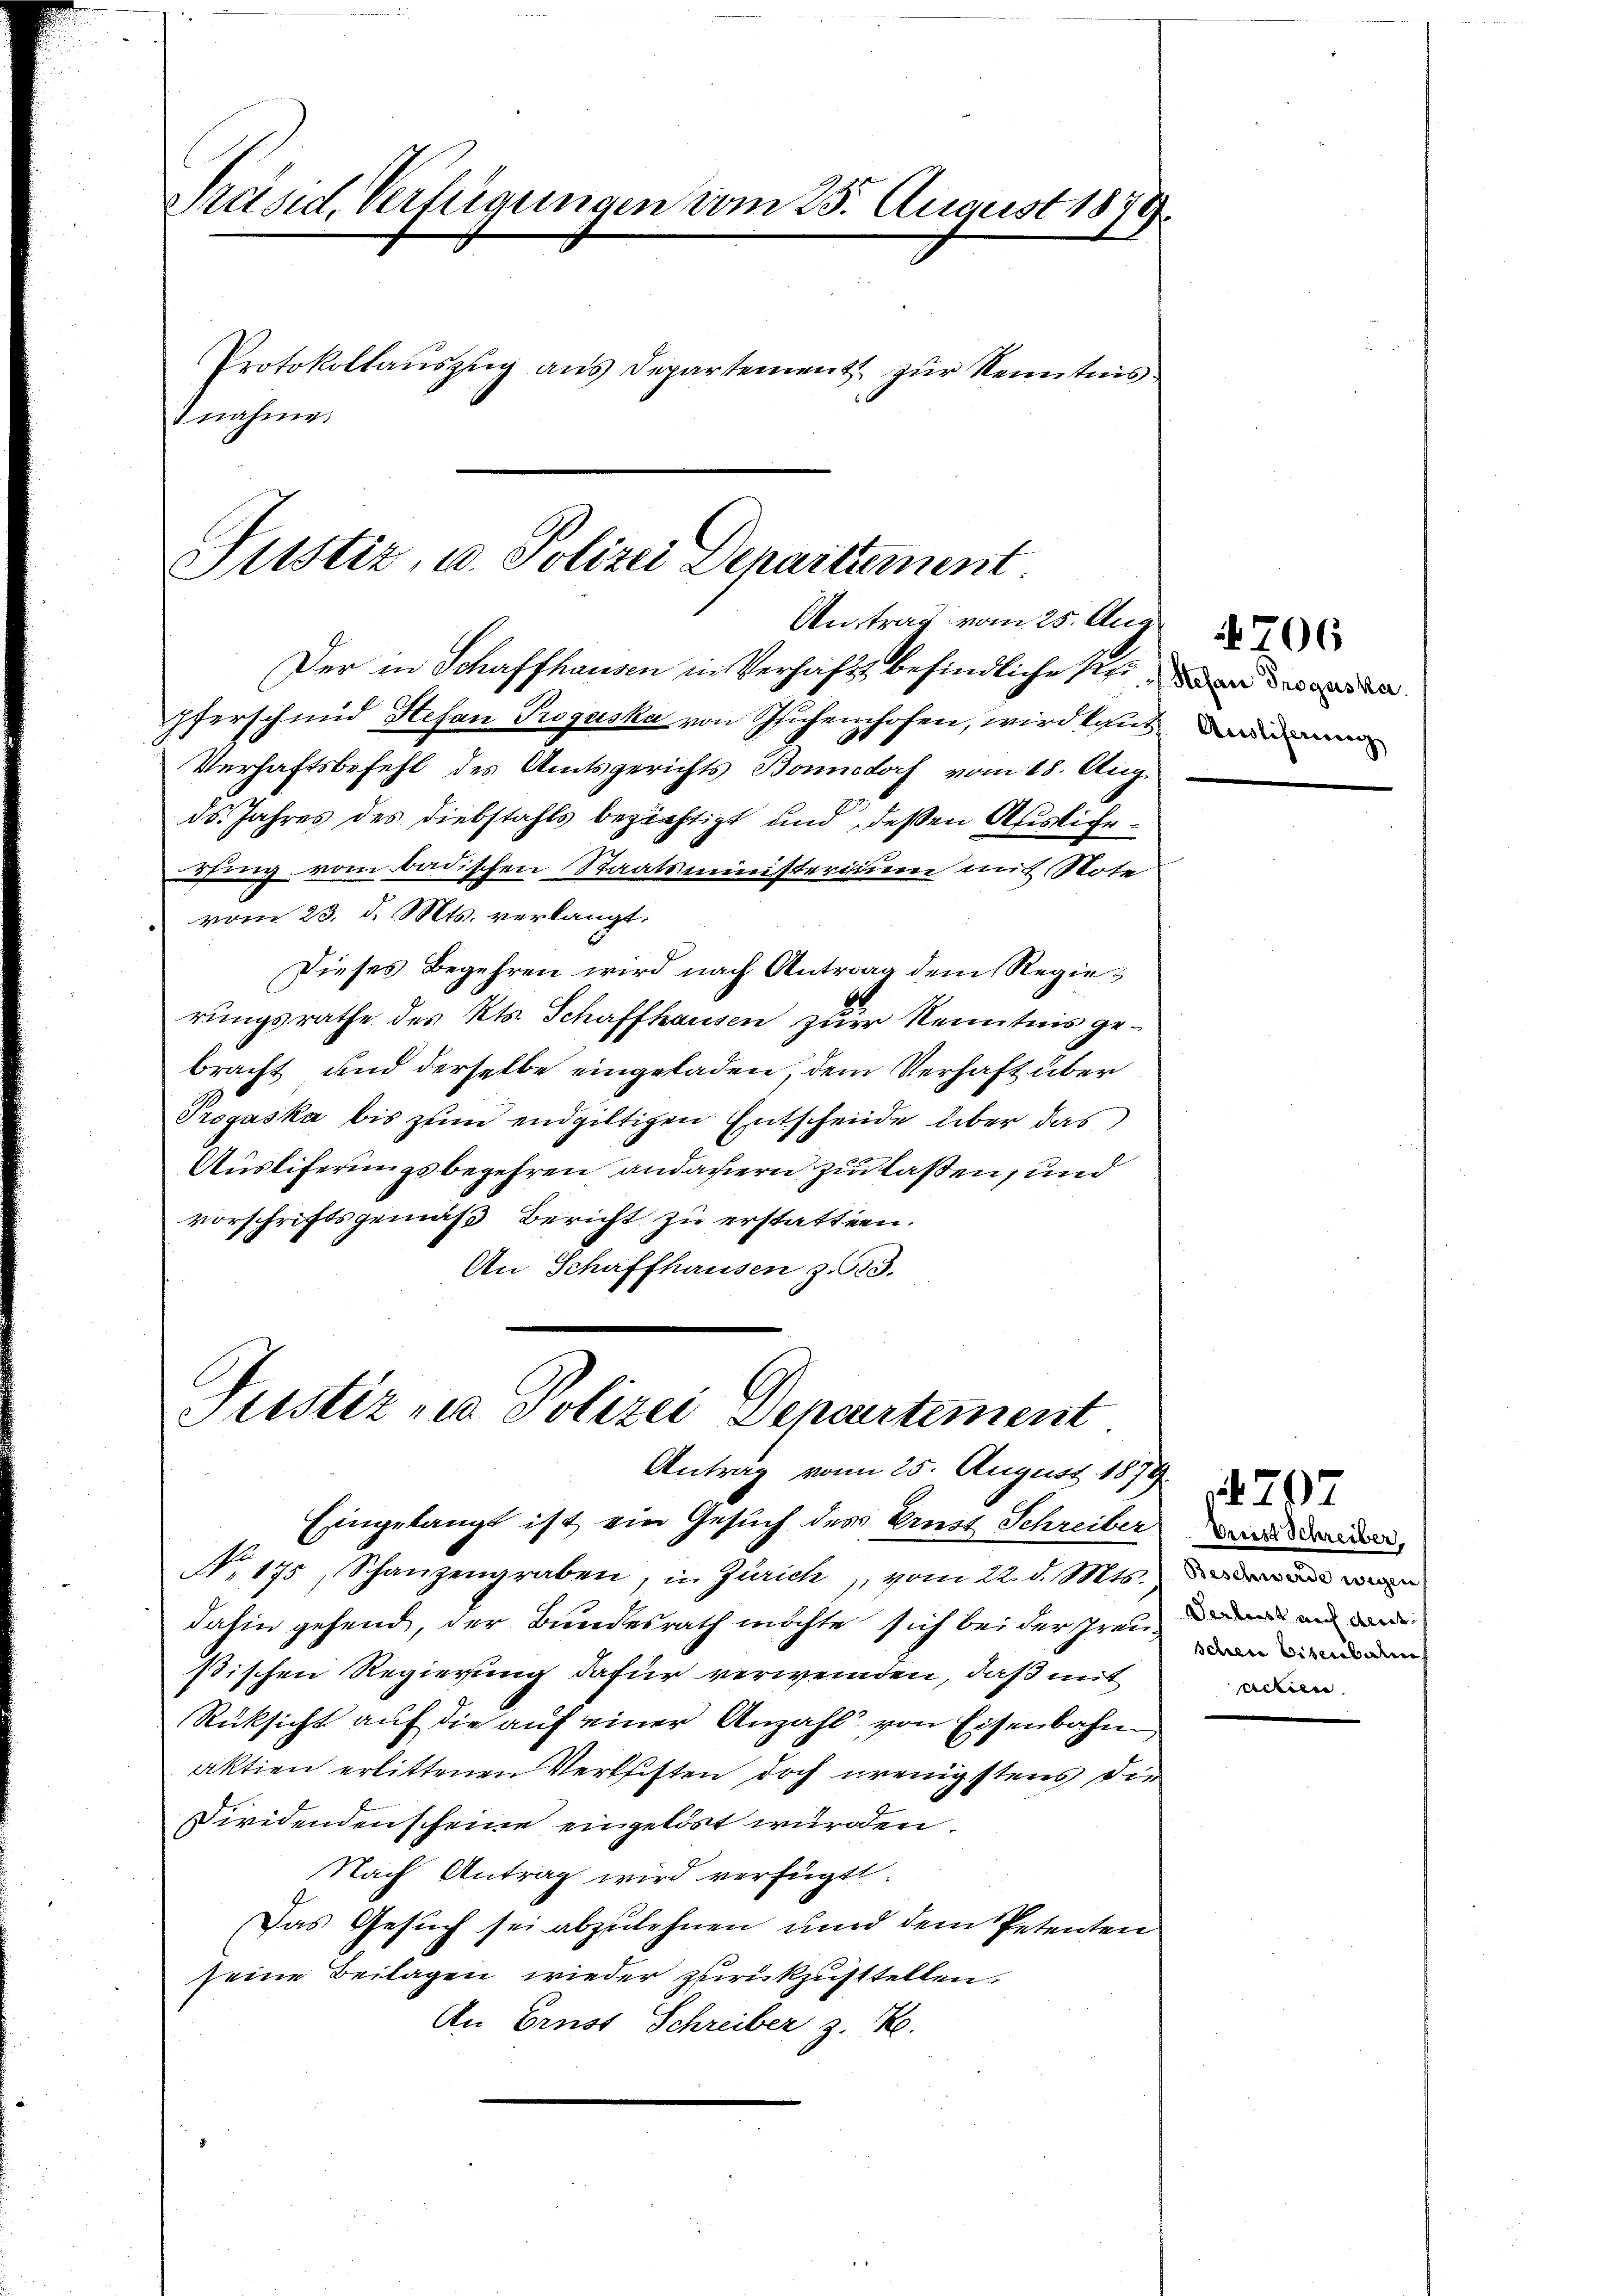
Präsid. Verfügungen vom 25. August 1870
Protokollaŭszŭg ans Departement zŭr Kenntnis
2 nahme.

Justiz, u. Polizei Departement.
Antrag vom 25. Aug.
Der in Schaffhausen in Verhaft befindliche se de

Pferschmid Hefan Proguska von Sichenhofen, wird kaut
Verhaftsbefehl des Amtsgerichts Bonndorf vom 18. Aug.
ds. Jahres des Diebstahls bezichtigt und deßen Afislicherfing vom badischen Staatsministerium mit Note
vom 23. d. Mts. verlangt.
Dieses Begehren wird nach Antrag dem Regierungsrathe des Kts. Schaffhausen zur Kenntnis gebracht und derselbe eingeladen, dem Verhaft über
Propaska bis zum endgiltigen Entscheide über das
Ausliferungsbegehren andauern zu laßen, und
vorschriftsgemäß Bericht zu erstatten.
An Schaffhausen z. 523.

Justiz nie Polizei Departement
Antrag vom 25. August 1879

Eingelangt ist ein Gesuch des Ernst Schreiber
N. 175 Schanzengraben, in Zürich, vom 22. d. Mts.
dahin gehend, der Bundesrath möchte sich bei der Freu
stischen Regierung dafür verwenden, daß mit
Rücksicht auf die auf einer Anzahl von Eisenbahn
aktien erlittenen Verleisten doch wenigstens die
Dividenden scheine eingelöst wurden
Nach Antrag wird verfügt:
Das Gesuch sei abzulehnen und dem Petenten
seine Beilagen wieder zurückzustellen.
An Ernst Schreiber z. R.

Ausliferung

706

707
Vrust Schreiber
Beschwerde wegen
Verlust auch der
schen Eisenberuf
actien